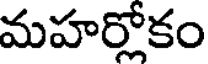
మహర్లోకం